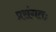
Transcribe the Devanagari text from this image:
प्रसंगतः